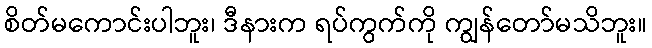
စိတ်မကောင်းပါဘူး၊ ဒီနားက ရပ်ကွက်ကို ကျွန်တော်မသိဘူး။